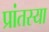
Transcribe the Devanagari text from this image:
प्रांतस्या